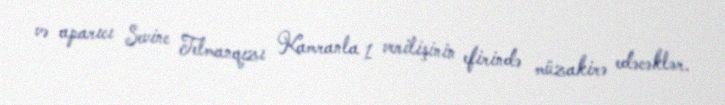
və aparıcı Sevinc Telmanqızı Kamranla 1 verilişinin efirində müzakirə edəcəklər.